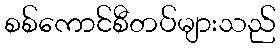
စစ်ကောင်စီတပ်များသည်